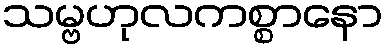
သမ္ဗဟုလကစ္စာနော